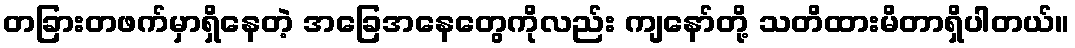
တခြားတဖက်မှာရှိနေတဲ့ အခြေအနေတွေကိုလည်း ကျနော်တို့ သတိထားမိတာရှိပါတယ်။